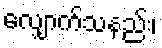
လျှောက်သနည်း၊